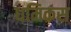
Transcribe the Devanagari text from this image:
धमिकस